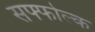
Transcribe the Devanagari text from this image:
सफ्फोल्क